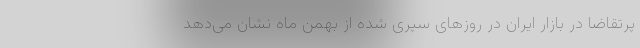
پرتقاضا در بازار ایران در روزهای سپری شده از بهمن ماه نشان می‌دهد